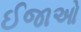
ઈજાઓ